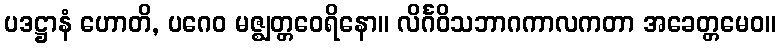
ပဒဋ္ဌာနံ ဟောတိ, ပဂေဝ မဇ္ဈတ္တဝေရိနော။ လိင်္ဂဝိသဘာဂကာလကတာ အခေတ္တမေဝ။